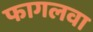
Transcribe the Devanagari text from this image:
फागलवा